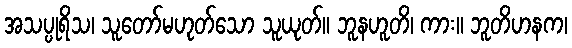
အသပ္ပုရိသ၊ သူတော်မဟုတ်သော သူယုတ်။ ဘူနဟူတိ၊ ကား။ ဘူတိဟနက၊